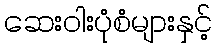
ဆေးဝါးပုံစံများနှင့်